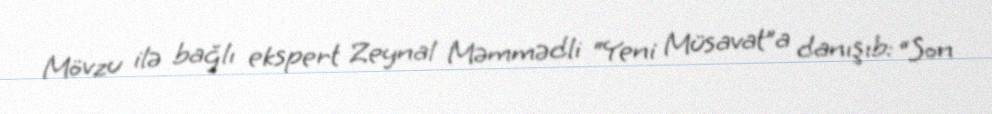
Mövzu ilə bağlı ekspert Zeynal Məmmədli “Yeni Müsavat”a danışıb: “Son